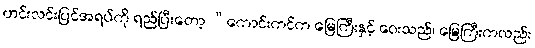
ဟင်းလင်းပြင်အရပ်ကို ရည်ပြီးတော့ “ကောင်းကင်က မြေကြီးနှင့် ဝေးသည်၊ မြေကြီးကလည်း